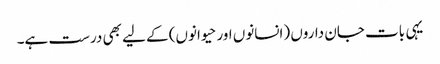
یہی بات جان داروں (انسانوں اور حیوانوں) کے لیے بھی درست ہے۔